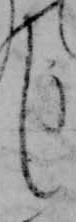
し